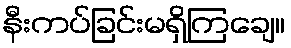
နီးကပ်ခြင်းမရှိကြချေ။